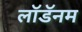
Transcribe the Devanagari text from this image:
लॉडॅनम